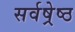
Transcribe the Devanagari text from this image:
सर्वष्रेष्ठ